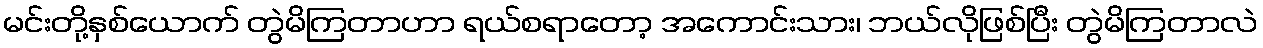
မင်းတို့နှစ်ယောက် တွဲမိကြတာဟာ ရယ်စရာတော့ အကောင်းသား၊ ဘယ်လိုဖြစ်ပြီး တွဲမိကြတာလဲ